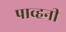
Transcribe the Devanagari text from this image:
पाव्हनी